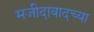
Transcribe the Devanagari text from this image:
मजीदाबादच्या